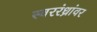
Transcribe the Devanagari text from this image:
स्वररंध्रांवर